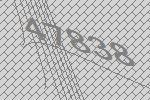
47838